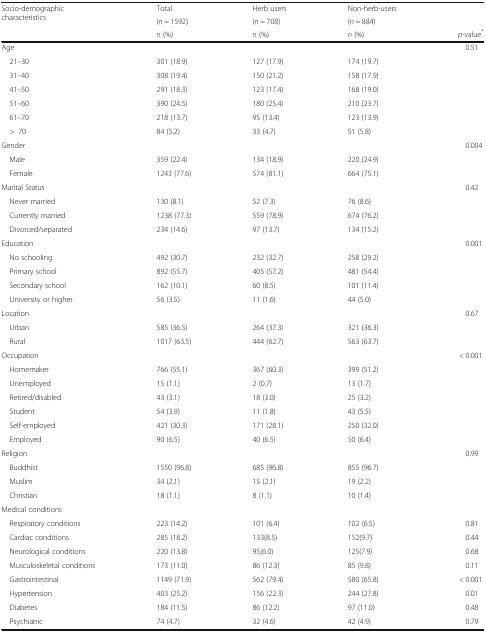
<table><thead><tr><td rowspan="3"><b>Socio-demographic characteristics</b></td><td><b>Total</b></td><td><b>Herb users</b></td><td><b>Non-herb-users</b></td><td></td></tr><tr><td><b>(<i>n</i> = 1592)</b></td><td><b>(<i>n</i> = 708)</b></td><td><b>(<i>n</i> = 884)</b></td><td></td></tr><tr><td><b><i>n</i> (%)</b></td><td><b><i>n</i> (%)</b></td><td><b><i>n</i> (%)</b></td><td><b><i>p</i>-value<sup>*</sup></b></td></tr></thead><tbody><tr><td>Age</td><td></td><td></td><td></td><td>0.51</td></tr><tr><td> 21–30</td><td>301 (18.9)</td><td>127 (17.9)</td><td>174 (19.7)</td><td></td></tr><tr><td> 31–40</td><td>308 (19.4)</td><td>150 (21.2)</td><td>158 (17.9)</td><td></td></tr><tr><td> 41–50</td><td>291 (18.3)</td><td>123 (17.4)</td><td>168 (19.0)</td><td></td></tr><tr><td> 51–60</td><td>390 (24.5)</td><td>180 (25.4)</td><td>210 (23.7)</td><td></td></tr><tr><td> 61–70</td><td>218 (13.7)</td><td>95 (13.4)</td><td>123 (13.9)</td><td></td></tr><tr><td> &gt;70</td><td>84 (5.2)</td><td>33 (4.7)</td><td>51 (5.8)</td><td></td></tr><tr><td>Gender</td><td></td><td></td><td></td><td>0.004</td></tr><tr><td> Male</td><td>359 (22.4)</td><td>134 (18.9)</td><td>220 (24.9)</td><td></td></tr><tr><td> Female</td><td>1243 (77.6)</td><td>574 (81.1)</td><td>664 (75.1)</td><td></td></tr><tr><td>Marital Status</td><td></td><td></td><td></td><td>0.42</td></tr><tr><td> Never married</td><td>130 (8.1)</td><td>52 (7.3)</td><td>76 (8.6)</td><td></td></tr><tr><td> Currently married</td><td>1238 (77.3)</td><td>559 (78.9)</td><td>674 (76.2)</td><td></td></tr><tr><td> Divorced/separated</td><td>234 (14.6)</td><td>97 (13.7)</td><td>134 (15.2)</td><td></td></tr><tr><td>Education</td><td></td><td></td><td></td><td>0.001</td></tr><tr><td> No schooling</td><td>492 (30.7)</td><td>232 (32.7)</td><td>258 (29.2)</td><td></td></tr><tr><td> Primary school</td><td>892 (55.7)</td><td>405 (57.2)</td><td>481 (54.4)</td><td></td></tr><tr><td> Secondary school</td><td>162 (10.1)</td><td>60 (8.5)</td><td>101 (11.4)</td><td></td></tr><tr><td> University or higher</td><td>56 (3.5)</td><td>11 (1.6)</td><td>44 (5.0)</td><td></td></tr><tr><td>Location</td><td></td><td></td><td></td><td>0.67</td></tr><tr><td> Urban</td><td>585 (36.5)</td><td>264 (37.3)</td><td>321 (36.3)</td><td></td></tr><tr><td> Rural</td><td>1017 (63.5)</td><td>444 (62.7)</td><td>563 (63.7)</td><td></td></tr><tr><td>Occupation</td><td></td><td></td><td></td><td>&lt; 0.001</td></tr><tr><td> Homemaker</td><td>766 (55.1)</td><td>367 (60.3)</td><td>399 (51.2)</td><td></td></tr><tr><td> Unemployed</td><td>15 (1.1)</td><td>2 (0.7)</td><td>13 (1.7)</td><td></td></tr><tr><td> Retired/disabled</td><td>43 (3.1)</td><td>18 (3.0)</td><td>25 (3.2)</td><td></td></tr><tr><td> Student</td><td>54 (3.9)</td><td>11 (1.8)</td><td>43 (5.5)</td><td></td></tr><tr><td> Self-employed</td><td>421 (30.3)</td><td>171 (28.1)</td><td>250 (32.0)</td><td></td></tr><tr><td> Employed</td><td>90 (6.5)</td><td>40 (6.5)</td><td>50 (6.4)</td><td></td></tr><tr><td>Religion</td><td></td><td></td><td></td><td>0.99</td></tr><tr><td> Buddhist</td><td>1550 (96.8)</td><td>685 (96.8)</td><td>855 (96.7)</td><td></td></tr><tr><td> Muslim</td><td>34 (2.1)</td><td>15 (2.1)</td><td>19 (2.2)</td><td></td></tr><tr><td> Christian</td><td>18 (1.1)</td><td>8 (1.1)</td><td>10 (1.4)</td><td></td></tr><tr><td>Medical conditions</td><td></td><td></td><td></td><td></td></tr><tr><td> Respiratory conditions</td><td>223 (14.2)</td><td>101 (6.4)</td><td>102 (6.5)</td><td>0.81</td></tr><tr><td> Cardiac conditions</td><td>285 (18.2)</td><td>133(8.5)</td><td>152(9.7)</td><td>0.44</td></tr><tr><td> Neurological conditions</td><td>220 (13.8)</td><td>95(6.0)</td><td>125(7.9)</td><td>0.68</td></tr><tr><td> Musculoskeletal conditions</td><td>173 (11.0)</td><td>86 (12.3)</td><td>85 (9.8)</td><td>0.11</td></tr><tr><td> Gastrointestinal</td><td>1149 (71.9)</td><td>562 (79.4)</td><td>580 (65.8)</td><td>&lt; 0.001</td></tr><tr><td> Hypertension</td><td>403 (25.2)</td><td>156 (22.3)</td><td>244 (27.8)</td><td>0.01</td></tr><tr><td> Diabetes</td><td>184 (11.5)</td><td>86 (12.2)</td><td>97 (11.0)</td><td>0.48</td></tr><tr><td> Psychiatric</td><td>74 (4.7)</td><td>32 (4.6)</td><td>42 (4.9)</td><td>0.79</td></tr></tbody></table>